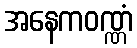
အနေကဝဏ္ဏံ